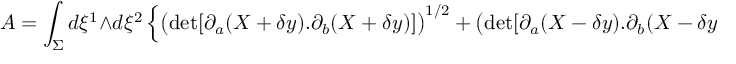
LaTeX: A = \int _ { \Sigma } d \xi ^ { 1 } \wedge d \xi ^ { 2 } \left\{ \big ( \mathrm { d e t } [ \partial _ { a } ( X + \delta y ) . \partial _ { b } ( X + \delta y ) ] \big ) ^ { 1 / 2 } + \big ( \mathrm { d e t } [ \partial _ { a } ( X - \delta y ) . \partial _ { b } ( X - \delta y ) ] \big ) ^ { 1 / 2 } \right\}